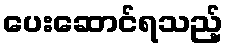
ပေးဆောင်ရသည့်